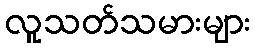
လူသတ်သမားများ